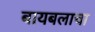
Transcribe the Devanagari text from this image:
बायबलाचा